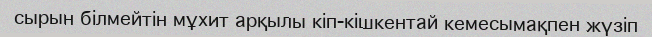
сырын білмейтін мұхит арқылы кіп-кішкентай кемесымақпен жүзіп